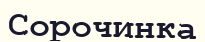
Сорочинка